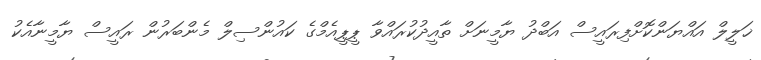
ޚަލީލް އައްޔަންކޮށްފިރައީސް އަބްދު ޔާމީނަށް ތާއީދުކުރައްވާ ޕީޕީއެމްގެ ކައުންސިލް މެންބަރުން ރައީސް ޔާމީނާއެކު